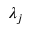
\lambda _ { j }